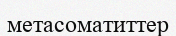
метасоматиттер